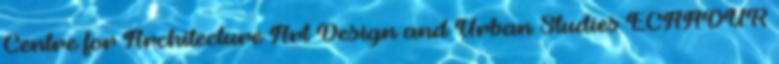
Centre for Architecture Art Design and Urban Studies ECAADUR